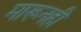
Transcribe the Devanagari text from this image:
मारूनही